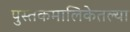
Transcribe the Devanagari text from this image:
पुस्तकमालिकेतल्या